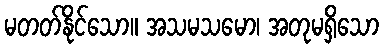
မတတ်နိုင်သော။ အသမသမော၊ အတုမရှိသော